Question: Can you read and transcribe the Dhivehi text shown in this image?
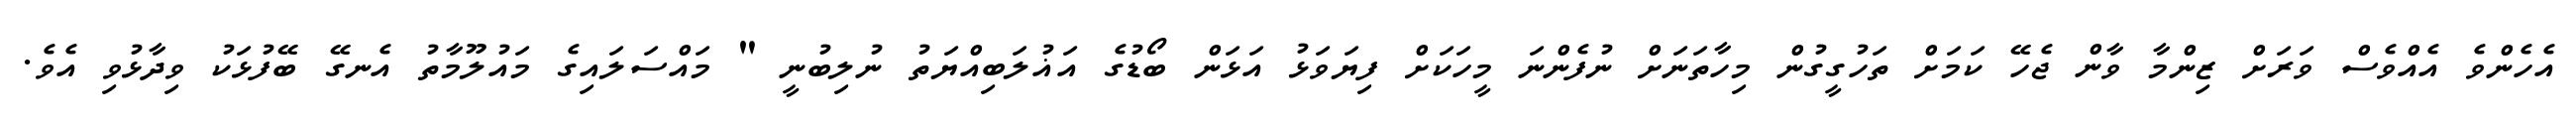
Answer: އެހެންވެ އެއްވެސް ވަރަށް ޒިންމާ ވާން ޖެހޭ ކަމަށް ތަހުގީގުން މިހާތަނަށް ނުފެންނަ މީހަކަށް ފިޔަވަޅު އަޅަން ބޯޑުގެ އަޣުލަބިއްޔަތު ނުލިބުނީ " މައްސަލައިގެ މައުލޫމާތު އެނގޭ ބޭފުޅަކު ވިދާޅުވި އެވެ.